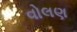
વોલણ